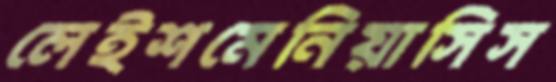
লেইশমেনিয়াসিস